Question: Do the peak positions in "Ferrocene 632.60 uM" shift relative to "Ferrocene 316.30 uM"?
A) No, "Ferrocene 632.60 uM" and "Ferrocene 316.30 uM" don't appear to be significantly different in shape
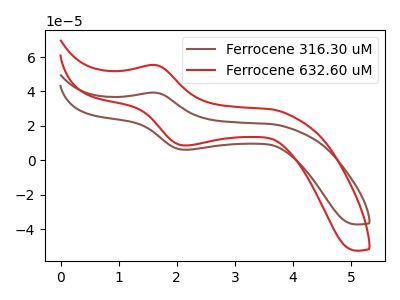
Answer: <think>The brown curve "Ferrocene 316.30 uM" has an anodic peak at (1.65V, 39.30uA) and a cathodic peak at (2.20V, 6.10uA). The red curve "Ferrocene 632.60 uM" has an anodic peak at (1.65V, 55.35uA) and a cathodic peak at (2.20V, 8.60uA).
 All the peaks in "Ferrocene 632.60 uM" have a peak in "Ferrocene 316.30 uM" at the same potential.</think>
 <answer>A) No, "Ferrocene 632.60 uM" and "Ferrocene 316.30 uM" don't appear to be significantly different in shape</answer>
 <eval>A</eval>